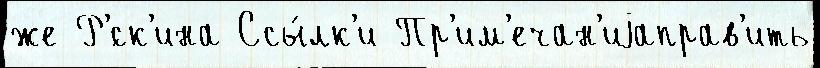
же Р'́ск'ина Ссы́лк'и Пр'им'ечан'иjаправ'ить